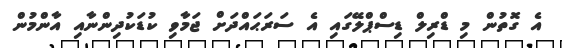
އެ ގޮތުން މި ޑްރިލް ޑިސްޕްލޭގައި އެ ސަރަޙައްދަށް ޖަމާވި ކުޑަކުދިންނާއި އާންމުން